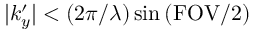
| k _ { y } ^ { \prime } | < ( 2 \pi / \lambda ) \sin { ( \mathrm { F O V / 2 ) } }